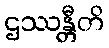
ဌဿန္တီတိ